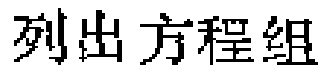
列出方程组